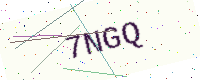
Text: 7NGQ